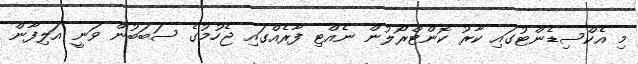
މި އެކްސިޑެންޓުގައި ކާރު ކޮންޓްރޯލުން ނެއްޓި ފާރެއްގައި ޖެހުމުގެ ސަބަބުން ވަނީ އަލިފާން